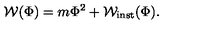
{ \cal W } ( \Phi ) = m \Phi ^ { 2 } + { \cal W } _ { \mathrm { i n s t } } ( \Phi ) .